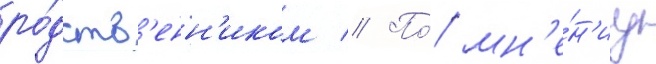
ро́дств'енн'иком // По́ мн'е́н'иу